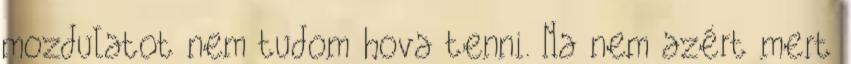
mozdulatot nem tudom hova tenni. Na nem azért mert